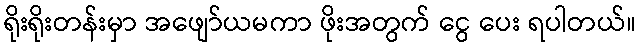
ရိုးရိုးတန်းမှာ အဖျော်ယမကာ ဖိုးအတွက် ငွေ ပေး ရပါတယ်။